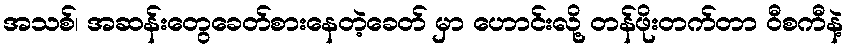
အသစ်၊ အဆန်းတွေခေတ်စားနေတဲ့ခေတ် မှာ ဟောင်းလို့ တန်ဖိုးတက်တာ ဝီစကီနဲ့